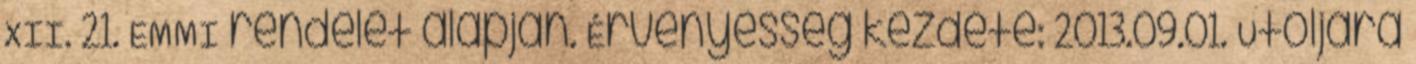
XII. 21. EMMI rendelet alapján. Érvényesség kezdete: 2013.09.01. Utoljára